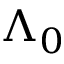
\Lambda _ { 0 }